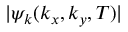
| \psi _ { k } ( k _ { x } , k _ { y } , T ) |